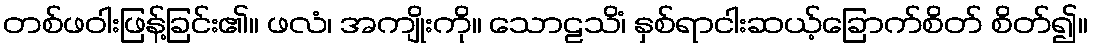
တစ်ဖဝါးဖြန့်ခြင်း၏။ ဖလံ၊ အကျိုးကို။ သောဠသိံ၊ နှစ်ရာငါးဆယ့်ခြောက်စိတ် စိတ်၍။